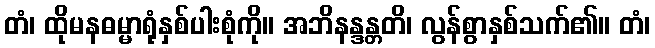
တံ၊ ထိုမနဓမ္မာရုံနှစ်ပါးစုံကို။ အဘိနန္ဒန္တတိ၊ လွန်စွာနှစ်သက်၏။ တံ၊